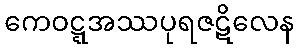
ကေဝဋ္ဋအဿပုရဇဋိလေန